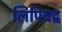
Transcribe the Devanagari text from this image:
लिपिबद्व